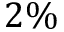
2 \%